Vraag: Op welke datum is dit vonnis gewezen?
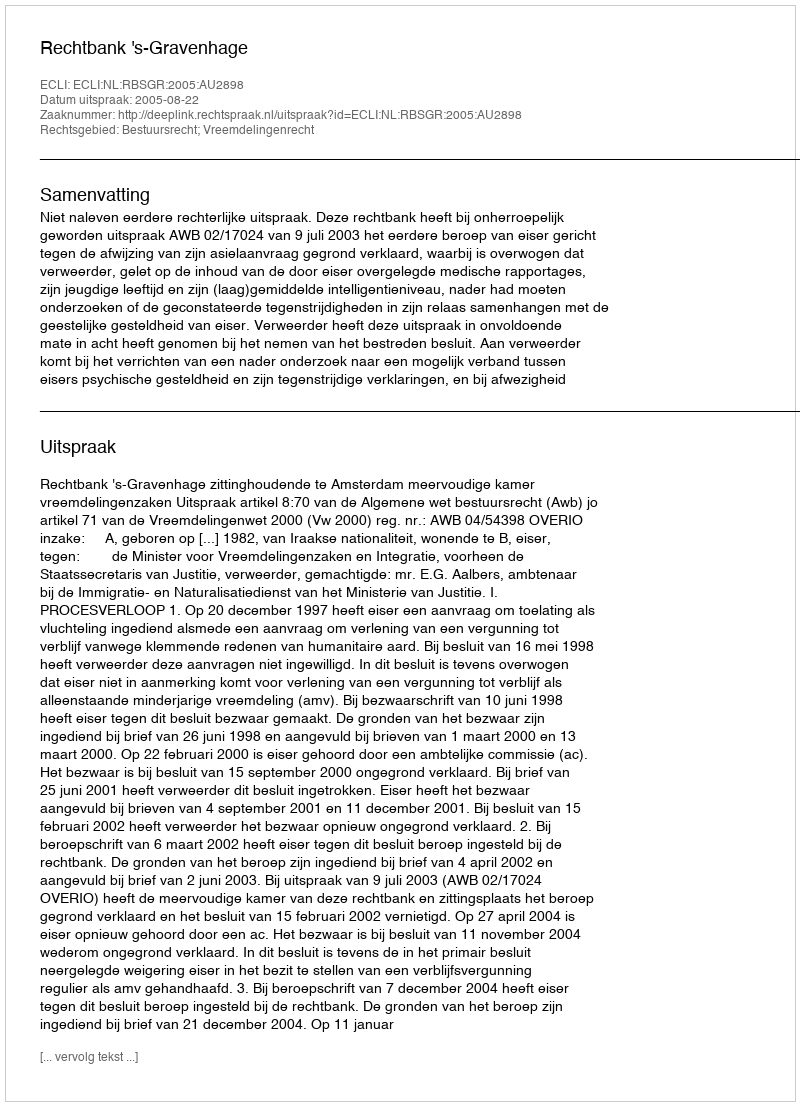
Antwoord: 2005-08-22